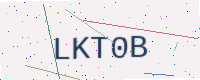
Text: LKT0B